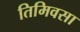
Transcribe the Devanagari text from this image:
तिमिवसा